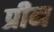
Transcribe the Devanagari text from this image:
प्रीन